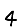
Digit: 4